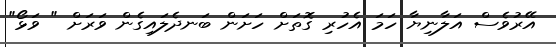
އޭރުވެސް އަލާނިޔާ ހަމަ އެހުރި ގޮތަށް ހަށަން ބަނދެލައިގެން ވަރަށް " ވަޅޯ"